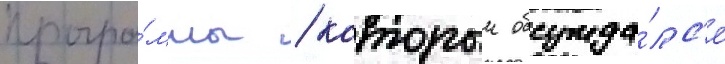
програ́ммы / которыи обсужда́лс'я